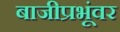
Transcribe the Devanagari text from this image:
बाजीप्रभूंवर